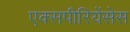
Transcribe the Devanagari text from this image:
एक्सपीरियेंसेस